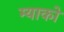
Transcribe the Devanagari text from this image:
म्याको